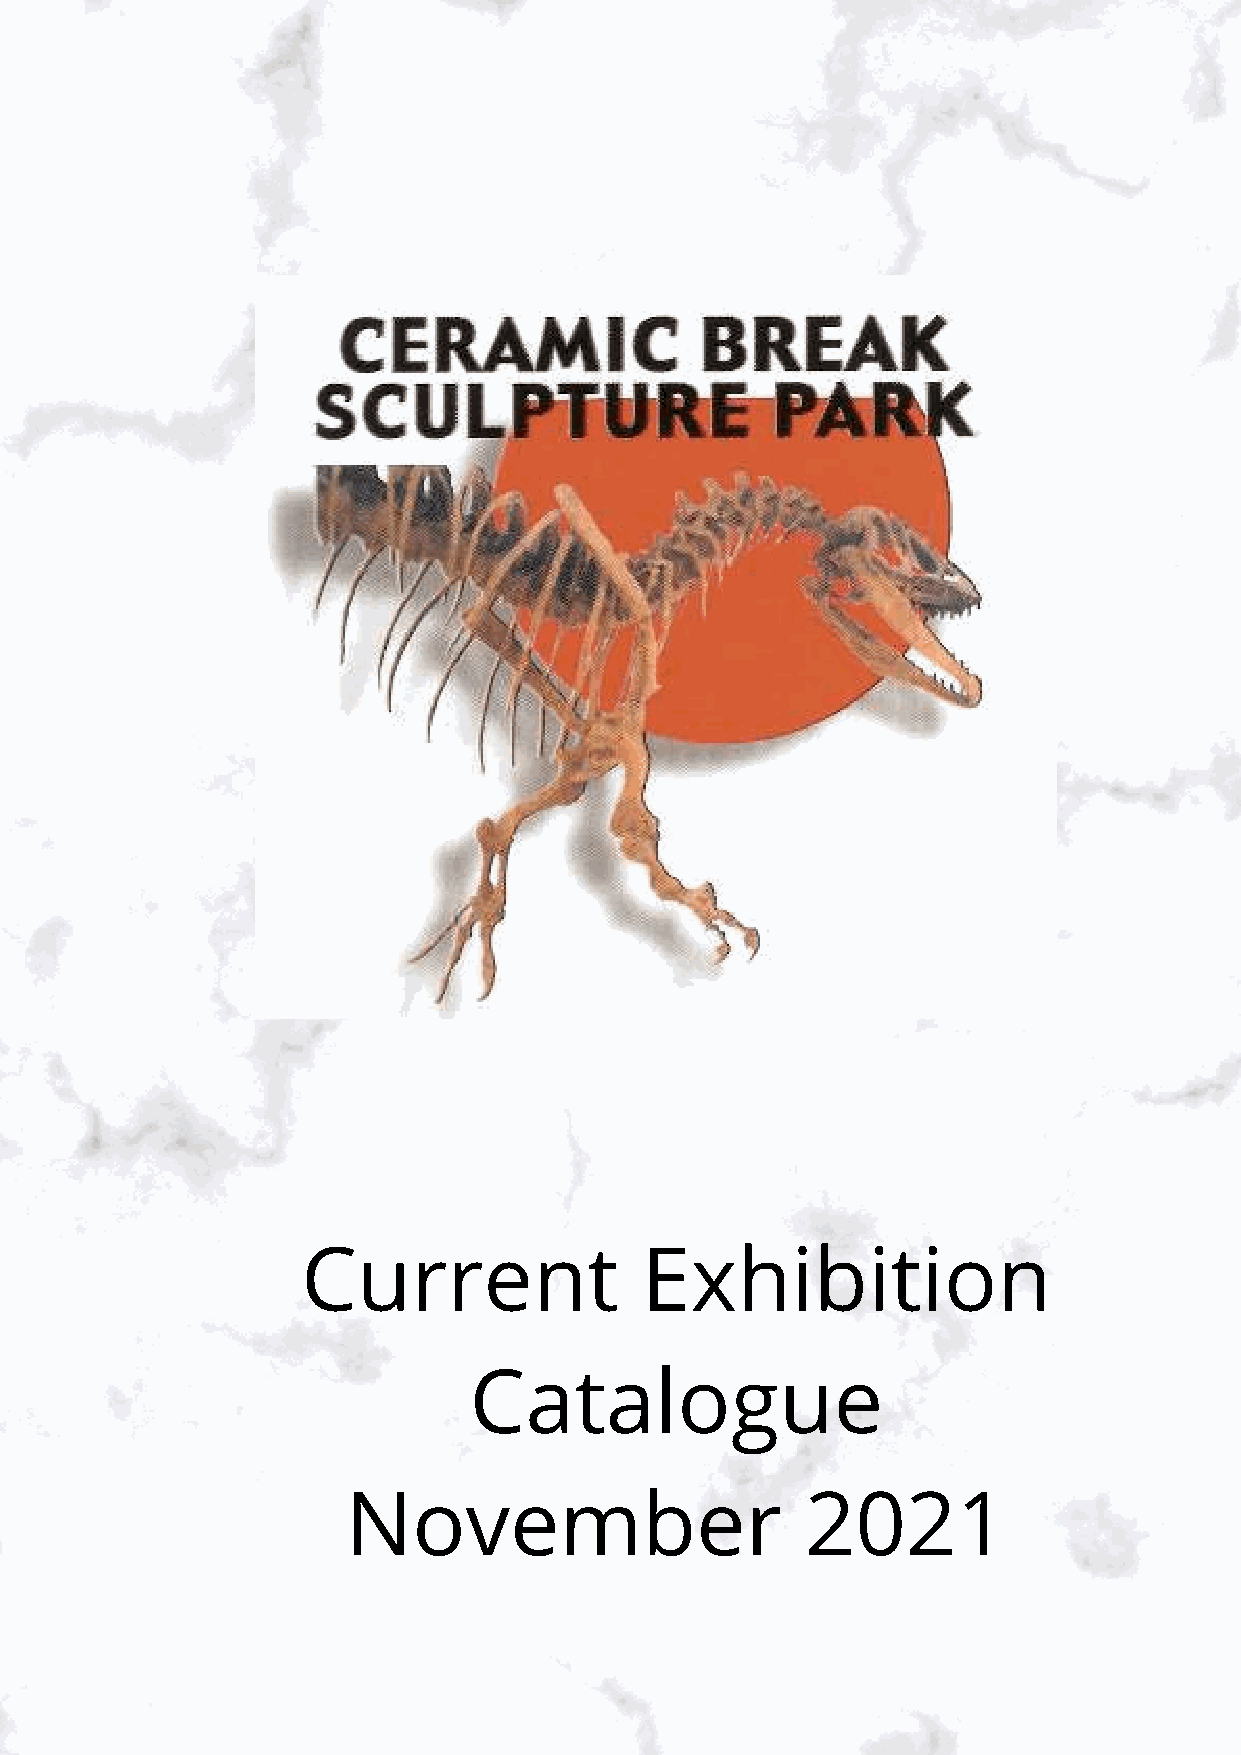
Current               Exhibition
 Catalogue
 November                      2021